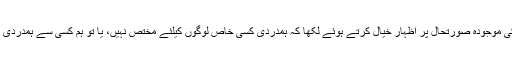
بی جے پی رہنما کے اس ٹوئٹ کے جواب میں اداکارہ نے کشمیر کی موجودہ صورتحال پر اظہار خیال کرتے ہوئے لکھا کہ ہمدردی کسی خاص لوگوں کیلئے مختص نہیں، یا تو ہم کسی سے ہمدردی کرتے ہیں یا نہیں کرتے، ان دونوں باتوں کے سوا کچھ نہیں ہوسکتا۔